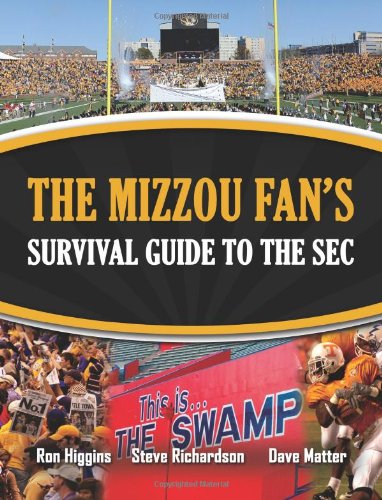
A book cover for The Mizzou Fan's Survival Guide to the SEC; Ron Higgins; Travel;